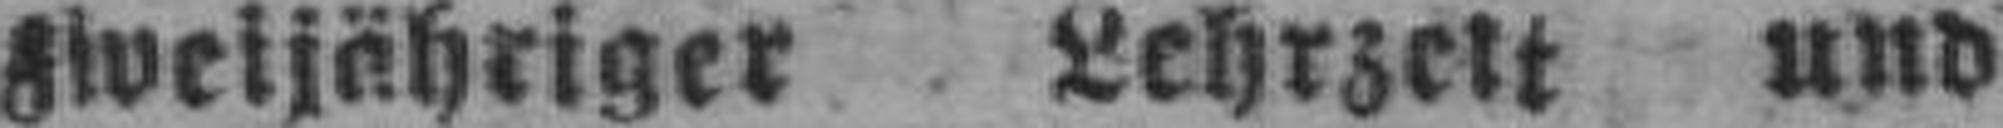
zweijähriger Lehrzeit und